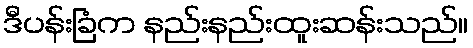
ဒီပန်းခြံက နည်းနည်းထူးဆန်းသည်။